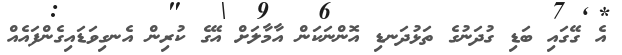
އެ ގޭގައި ބަޑި ގުދަނުގެ ތަޅުދަނޑި އޮންނަކަން އާމާލަށް އޭގެ ކުރިން އެނގިވަޑައިގެންފައެއް